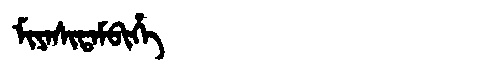
Manchu: ᠮᡳᠶᠠᠰᡳᡨᠠᠮᠪᡳᡥᡝ
Romanization: MIYASITAMBIHE